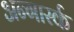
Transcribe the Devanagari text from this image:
अन्गार्स्क